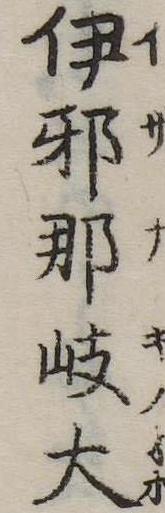
伊邪那岐大